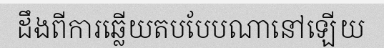
ដឹងពីការឆ្លើយតបបែបណានៅឡើយ